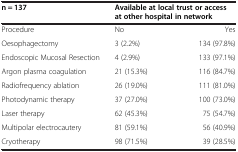
<table><thead><tr><td><b>n = 137</b></td><td colspan="2"><b>Available at local trust or access at other hospital in network</b></td></tr></thead><tbody><tr><td>Procedure</td><td>No</td><td>Yes</td></tr><tr><td>Oesophagectomy</td><td>3 (2.2%)</td><td>134 (97.8%)</td></tr><tr><td>Endoscopic Mucosal Resection</td><td>4 (2.9%)</td><td>133 (97.1%)</td></tr><tr><td>Argon plasma coagulation</td><td>21 (15.3%)</td><td>116 (84.7%)</td></tr><tr><td>Radiofrequency ablation</td><td>26 (19.0%)</td><td>111 (81.0%)</td></tr><tr><td>Photodynamic therapy</td><td>37 (27.0%)</td><td>100 (73.0%)</td></tr><tr><td>Laser therapy</td><td>62 (45.3%)</td><td>75 (54.7%)</td></tr><tr><td>Multipolar electrocautery</td><td>81 (59.1%)</td><td>56 (40.9%)</td></tr><tr><td>Cryotherapy</td><td>98 (71.5%)</td><td>39 (28.5%)</td></tr></tbody></table>